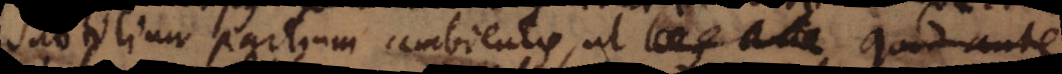
subtilium partium ambientis, ut locus ante quod ante